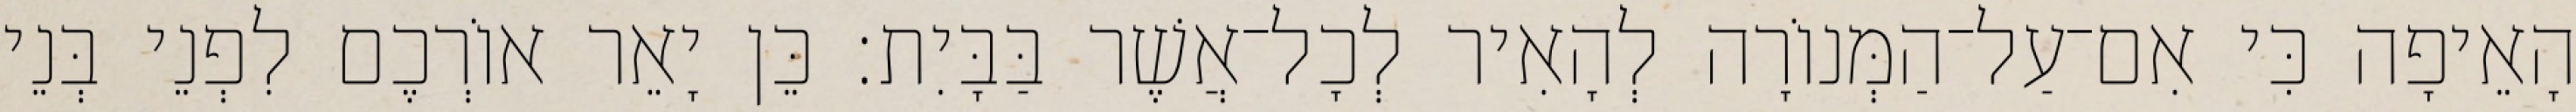
הָאֵיפָה כִּי אִם־עַל־הַמְּנוֹרָה לְהָאִיר לְכָל־אֲשֶׁר בַּבָּיִת׃ כֵּן יָאֵר אוֹרְכֶם לִפְנֵי בְּנֵי